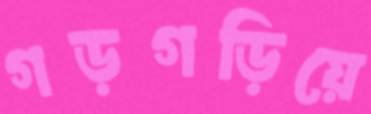
গড়গড়িয়ে